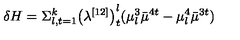
\delta H = \Sigma _ { l , t = 1 } ^ { k } { \bigl ( \lambda ^ { [ 1 2 ] } \bigr ) } _ { t } ^ { l } ( \mu _ { l } ^ { 3 } { \bar { \mu } } ^ { 4 t } - \mu _ { l } ^ { 4 } { \bar { \mu } } ^ { 3 t } )